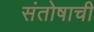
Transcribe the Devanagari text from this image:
संतोषाची